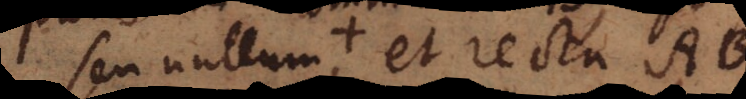
seu nullum, + et recta AB,